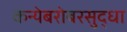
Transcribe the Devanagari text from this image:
कन्येबरोबरसुद्धा